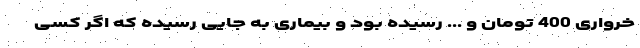
خرواری 400 تومان و ... رسیده بود و بیماری به جایی رسیده که اگر کسی